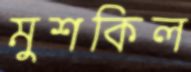
মুশকিল